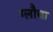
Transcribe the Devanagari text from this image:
ग्लौचा